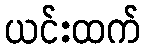
ယင်းထက်